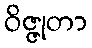
ဝိဇ္ဇုတာ